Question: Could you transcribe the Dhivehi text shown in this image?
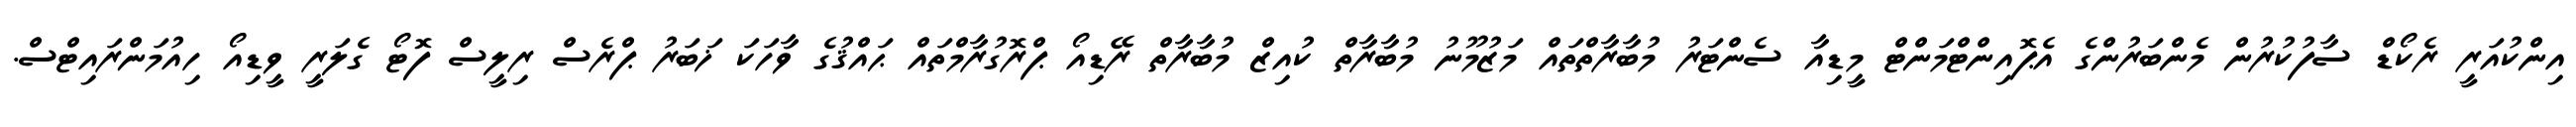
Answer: އިންކުއަރީ ރެކޯޑް ސާފުކުރުން މެންބަރުންގެ އެޕޮއިންޓްމަންޓް މީޑިއާ ސެންޓަރު މުބާރާތްތައް މަޒުމޫނު މުބާރާތް ކުއިޒް މުބާރާތް ރޭޑިއޯ ޕްރޮގުރާމްތައް ޙައްޤުގެ ވާހަކަ ޚަބަރު ޕްރެސް ރިލީސް ފޮޓޯ ގެލަރީ ވީޑިއޯ ހިއުމަންރައިޓްސް.